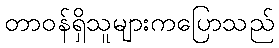
တာဝန်ရှိသူများကပြောသည်